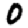
Digit: 0